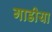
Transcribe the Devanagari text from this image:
गाडीया